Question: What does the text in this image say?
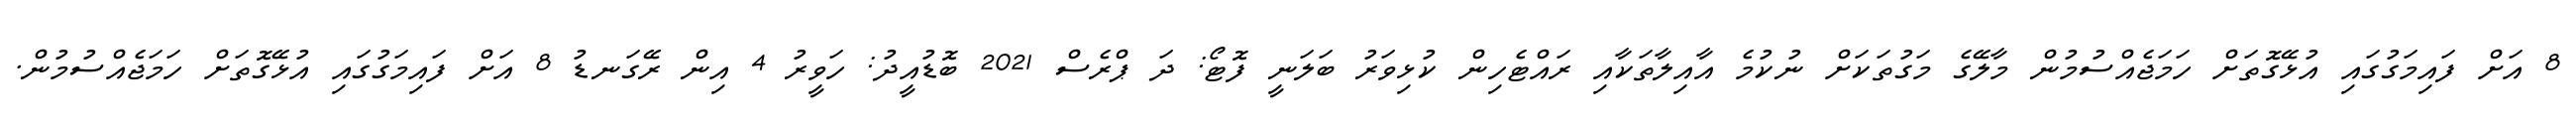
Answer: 8 އަށް ފައިމަގުގައި އުޅޭގޮތަށް ހަމަޖެއްސުމުން މާލޭގެ މަގުތަކަށް ނުކުމެ އާއިލާތަކާއި ރައްޓެހިން ކުޅިވަރު ބަލަނީ ފޮޓޯ: ދަ ޕްރެސް 2021 ބޮޑުއީދު: ހަވީރު 4 އިން ރޭގަނޑު 8 އަށް ފައިމަގުގައި އުޅޭގޮތަށް ހަމަޖެއްސުމުން.